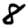
Digit: 8